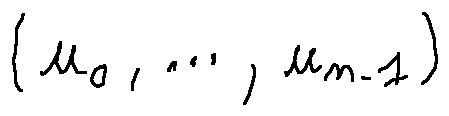
( u _ { 0 } , \ldots , u _ { n - 1 } )